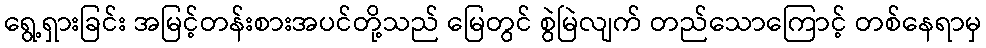
ရွေ့ရှားခြင်း အမြင့်တန်းစားအပင်တို့သည် မြေတွင် စွဲမြဲလျက် တည်သောကြောင့် တစ်နေရာမှ